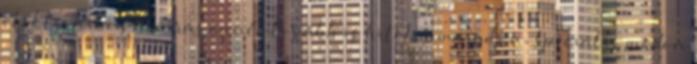
elektronikus aláírás ennél tovább is hiteles maradjon, speciális módon